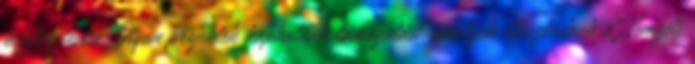
kifejlesztésére. Olyan projektek kaphatnak támogatást, amelyek illeszkednek a Nemzeti